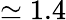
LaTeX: \simeq 1.4